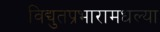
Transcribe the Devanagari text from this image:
विद्युतप्रभारामधल्या